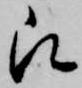
被